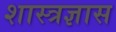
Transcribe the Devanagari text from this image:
शास्त्रज्ञास